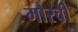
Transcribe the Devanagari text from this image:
मौरवी